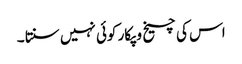
اس کی چیخ و پکار کوئی نہیں سنتا ۔